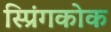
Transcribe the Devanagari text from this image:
स्प्रिंगकोक